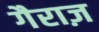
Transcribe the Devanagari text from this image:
गैराज़